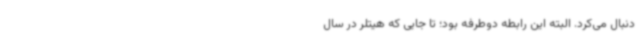
دنبال می‌کرد. البته این رابطه دوطرفه بود؛ تا جایی که هیتلر در سال